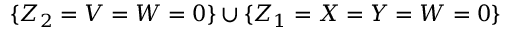
\{ Z _ { 2 } = V = W = 0 \} \cup \{ Z _ { 1 } = X = Y = W = 0 \}